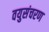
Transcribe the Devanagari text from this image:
वयुसंचरण